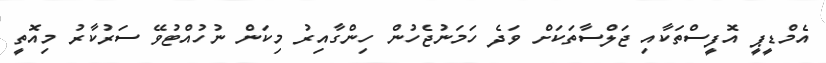
އެމްޑީޕީ އޮފީސްތަކާއި ޖަލްސާތަކަށް ވަދެ ހަމަނުޖެހުން ހިންގާއިރު މިކަން ނުހުއްޓުވޭ ސަރުކާރު މިއޮތީ